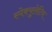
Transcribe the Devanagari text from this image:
स्पेक्युलेटिव